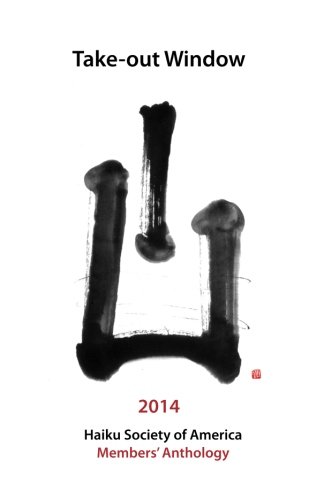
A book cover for Take-Out Window: Haiku Society of America 2014 Members' Anthology; Gary R. Hotham; Literature & Fiction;